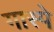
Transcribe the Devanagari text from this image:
गास्पे